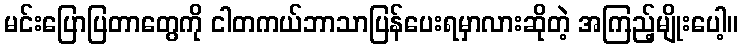
မင်းပြောပြတာတွေကို ငါတကယ်ဘာသာပြန်ပေးရမှာလားဆိုတဲ့ အကြည့်မျိုးပေါ့။